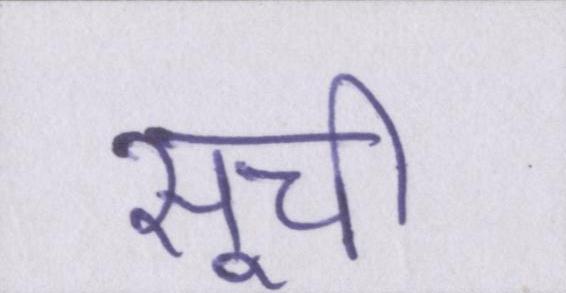
सूची